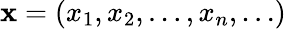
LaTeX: \mathbf{x}=\left(x_{1},x_{2},\ldots,x_{n},\ldots\right)